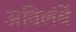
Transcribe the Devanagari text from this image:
अविलंबें